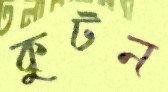
কুটন